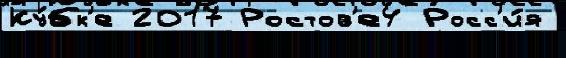
Ку́бк'е 2017 Ростов'е4 Росс'и́я